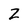
Character: Z